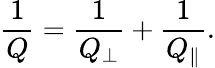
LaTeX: \frac{1}{Q}=\frac{1}{Q_{\perp}}+\frac{1}{Q_{\parallel}}.